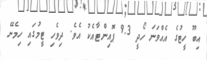
އިބޫ ހީޓުގެ އެއްވަނަ ހޯދީ 9.3 ޕޮއިންޓާއެކު އެވެ. ދިވެހި ޓީމުގައި ހިމެނޭ